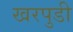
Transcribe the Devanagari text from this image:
खरपुडी